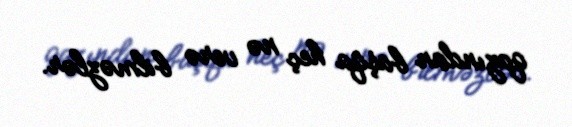
qazından başqa heç nə verə bilməzlər.